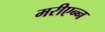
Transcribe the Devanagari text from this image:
मरीएन्न